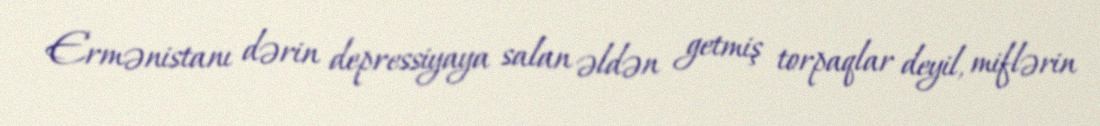
Ermənistanı dərin depressiyaya salan əldən getmiş torpaqlar deyil, miflərin